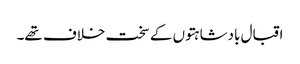
اقبال بادشاہتوں کے سخت خلاف تھے۔